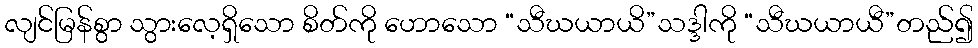
လျင်မြန်စွာ သွားလေ့ရှိသော စိတ်ကို ဟောသော “သီဃယာယိ”သဒ္ဒါကို “သီဃယာယီ”တည်၍